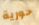
حورية